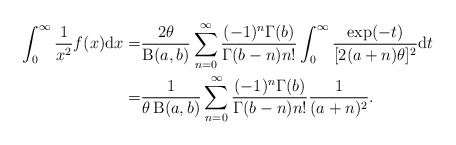
\begin{align*}\int^{\infty}_{0}\frac{1}{x^2} f(x)\mathrm{d}x=&\frac{2\theta}{\operatorname{B}(a,b)}\sum_{n=0}^{\infty}\frac{(-1)^n\Gamma(b)}{\Gamma(b-n)n!}\int^{\infty}_{0}\frac{\exp(-t)}{[2(a+n)\theta]^2}\mathrm{d}t\\=&\frac{1}{\theta\operatorname{B}(a,b)}\sum_{n=0}^{\infty}\frac{(-1)^n\Gamma(b)}{\Gamma(b-n)n!}\frac{1}{(a+n)^2}.\end{align*}